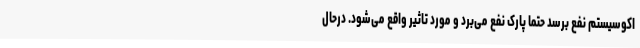
اکوسیستم نفع برسد حتما پارک نفع می‌برد و مورد تاثیر واقع می‌شود. درحال